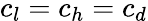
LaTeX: c_{l}=c_{h}=c_{d}